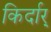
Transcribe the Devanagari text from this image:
किर्दार्